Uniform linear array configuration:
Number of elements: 32
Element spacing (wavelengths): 1
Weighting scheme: hamming
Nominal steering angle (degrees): -30
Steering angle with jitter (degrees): -31.711
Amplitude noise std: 0.05
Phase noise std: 0.05

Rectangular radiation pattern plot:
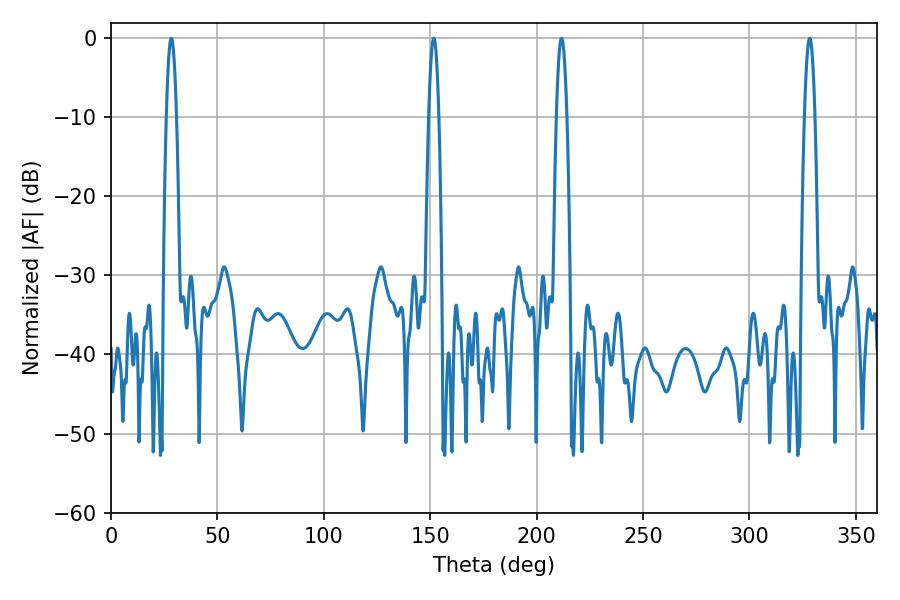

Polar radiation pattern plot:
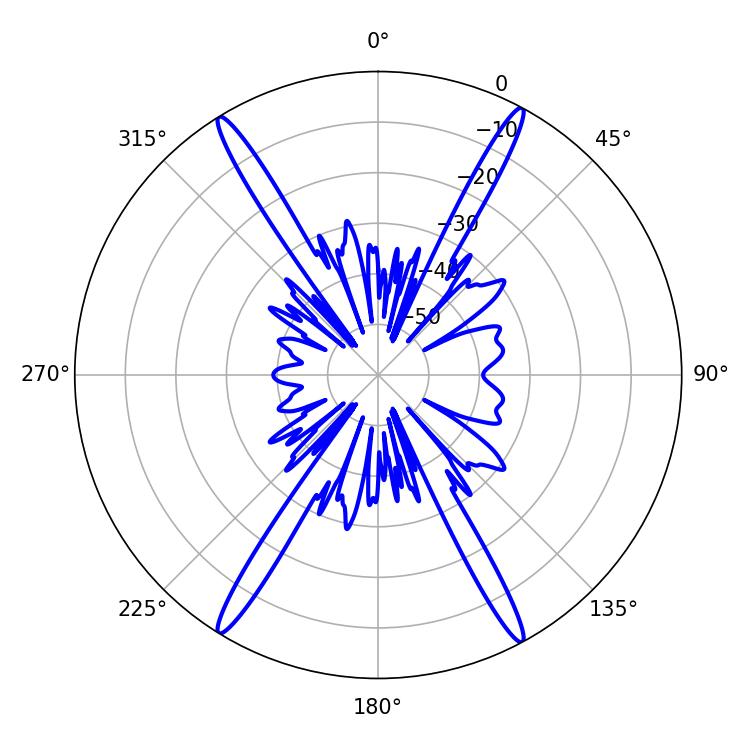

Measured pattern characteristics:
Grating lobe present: TRUE
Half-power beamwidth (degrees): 2.52
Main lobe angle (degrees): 211.68